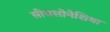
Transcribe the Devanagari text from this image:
सीयसोनेशिया